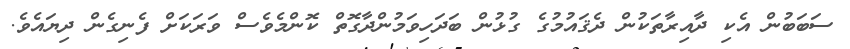
ސަބަބުން އެކި ދާއިރާތަކުން ދެޤައުމުގެ ގުޅުން ބަދަހިވަމުންދާގޮތް ކޮންމެވެސް ވަރަކަށް ފެނިގެން ދިޔައެވެ.